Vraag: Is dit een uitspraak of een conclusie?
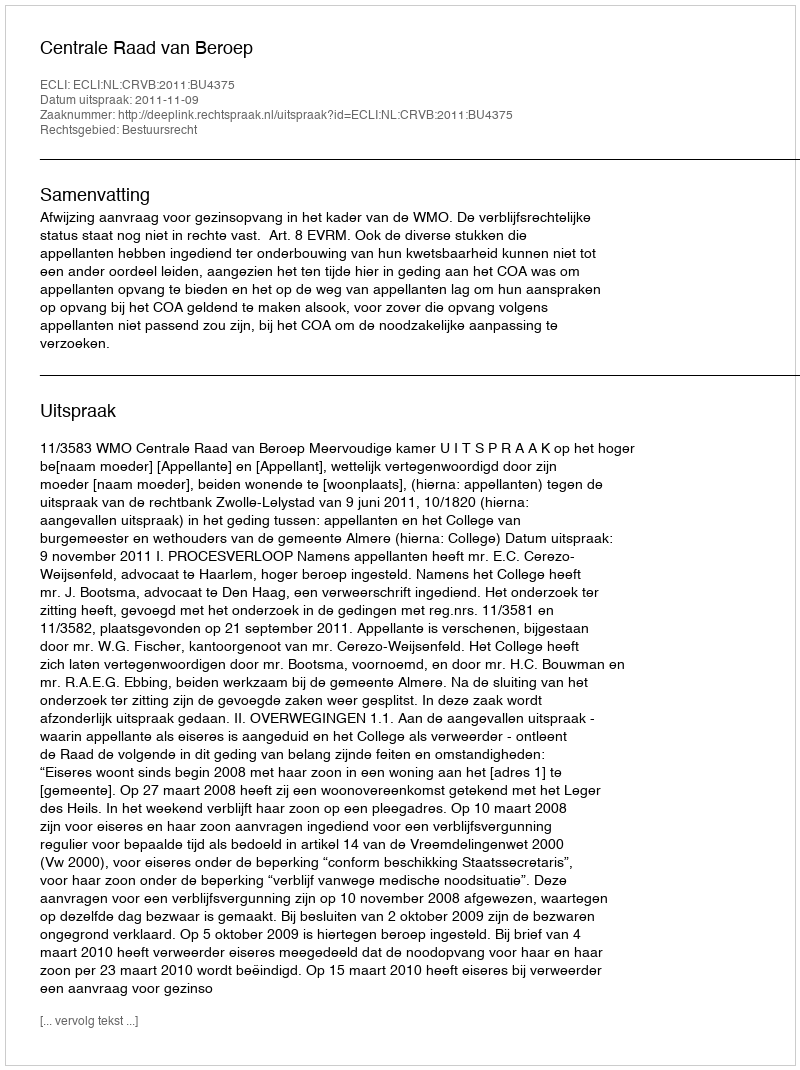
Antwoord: Uitspraak